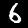
Digit: 6